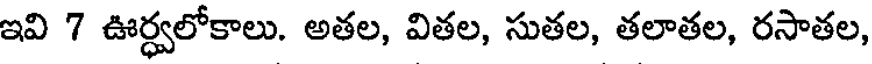
ఇవి 7 ఊర్ధ్వలోకాలు. అతల, వితల, సుతల, తలాతల, రసాతల,